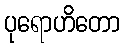
ပုရောဟိတော